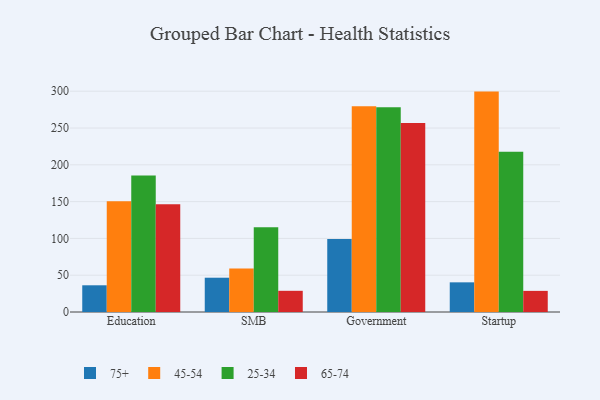
{"axis": {"x": "Segment", "y": "Active Users"}, "legend": ["25-34", "45-54", "65-74", "75+"], "data": [{"x": "Education", "y": 36.3, "type": "75+"}, {"x": "Education", "y": 150.4, "type": "45-54"}, {"x": "Education", "y": 185.5, "type": "25-34"}, {"x": "Education", "y": 146.4, "type": "65-74"}, {"x": "SMB", "y": 46.6, "type": "75+"}, {"x": "SMB", "y": 59.2, "type": "45-54"}, {"x": "SMB", "y": 115.0, "type": "25-34"}, {"x": "SMB", "y": 28.8, "type": "65-74"}, {"x": "Government", "y": 99.1, "type": "75+"}, {"x": "Government", "y": 279.5, "type": "45-54"}, {"x": "Government", "y": 278.2, "type": "25-34"}, {"x": "Government", "y": 256.9, "type": "65-74"}, {"x": "Startup", "y": 40.3, "type": "75+"}, {"x": "Startup", "y": 299.5, "type": "45-54"}, {"x": "Startup", "y": 217.9, "type": "25-34"}, {"x": "Startup", "y": 28.7, "type": "65-74"}]}